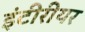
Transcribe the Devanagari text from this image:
इंटीरीयर